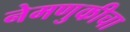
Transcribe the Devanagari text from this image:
नेमणुकीचा